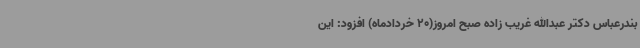
بندرعباس دکتر عبدالله غریب زاده صبح امروز(20 خردادماه) افزود: این